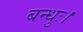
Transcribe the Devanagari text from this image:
बन्धुः।